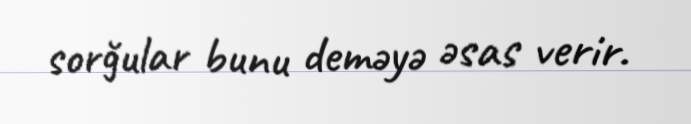
sorğular bunu deməyə əsas verir.